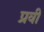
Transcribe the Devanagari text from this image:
प्रवी